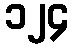
၁၂၄